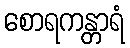
စောရကန္တာရံ